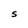
Character: S